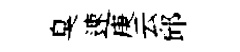
臭速庚云邱